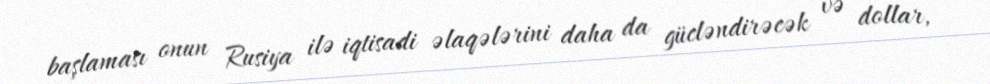
başlaması onun Rusiya ilə iqtisadi əlaqələrini daha da gücləndirəcək və dollar,